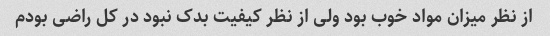
از نظر میزان مواد خوب بود ولی از نظر کیفیت بدک نبود در کل راضی بودم